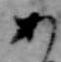
あ